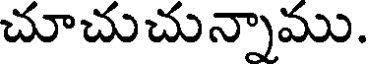
చూచుచున్నాము.